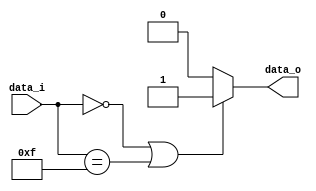
`timescale 1ns / 1ps

module comporator
(
	input [3:0] data_i,
	output data_o
);

assign data_o = (data_i == 4'b0000 || data_i == 4'b1111) ? 1 : 0;

endmodule